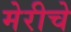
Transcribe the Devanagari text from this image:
मेरीचे